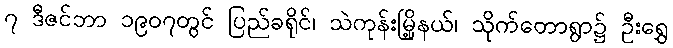
၇ ဒီဇင်ဘာ ၁၉၀၇တွင် ပြည်ခရိုင်၊ သဲကုန်းမြို့နယ်၊ သိုက်တောရွာ၌ ဦးရွှေ